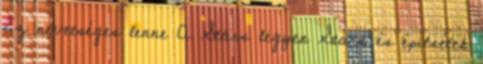
Ez nevetséges lenne A Stárs legyen Stars és épitsétek